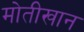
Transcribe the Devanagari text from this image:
मोतीखान